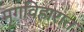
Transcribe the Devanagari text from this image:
मृगविहारात